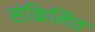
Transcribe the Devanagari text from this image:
संक्रिमित